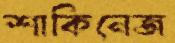
শাকিনেজ